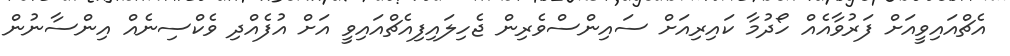
އެޗްއައިވީއަށް ފަރުވާއެއް ހޯދުމާ ކައިރިއަށް ސައިންސްވެރިން ޖެހިލައިފިއެޗްއައިވީ އަށް އުފެއްދި ވެކްސިނެއް އިންސާނުން